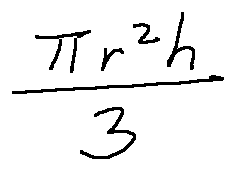
\frac { \pi r ^ { 2 } h } { 3 }